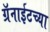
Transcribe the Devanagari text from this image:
ग्रॅनाईटच्या